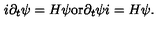
i \partial _ { t } \psi = H \psi \mathrm { o r } \partial _ { t } \psi i = H \psi .